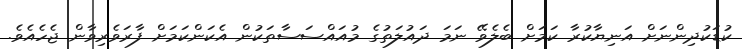
ކުޑަކުދިންނަށް އަނިޔާކުރާ ކަމަށް ބެލެވޭ ނަމަ ދައުލަތުގެ މުއައްސަސާތަކުން އެކަންކަމަށް ފާރަވެރިވާން ޖެހެއެވެ.